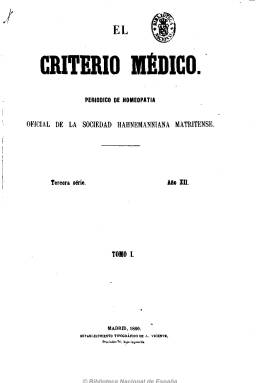
Título: El Criterio médico
Colección: Homeopatía
Ámbito geográfico: Madrid
Lugar de publicación: Madrid
Fechas: 01/01/1860-30/12/1889

Periódico de homeopatía, órgano oficial de la Sociedad Hahnemanniana Matritense, que aparece en 1860 después de dos años sin presencia de prensa homeopática en España, como continuador de los Anales de la medicina homeopática (1851-1857), que a su vez había continuado la serie del boletín de la citada sociedad, que había sido constituida en 1845. La nueva publicación continuará la serie de sus dos predecesoras y tendrá una larga vida, que llega hasta 1889. Comienza a publicarse con frecuencia quincenal (días 1 y 15 de cada mes, y después los días 10 y 25), y al final será mensual, coincidiendo con el aumento de sus páginas, de 16, a 24 y, finalmente, 32. Cada tomo anual cuenta con un índice.

El periódico comienza a editarse tras la constitución de una nueva junta directiva de la sociedad homeopática matritense, presidida por Joaquín Hysern, y en la que están integrados los también doctores Antonio Merino, Pedro Aróstegui, Tomás Pellicer, Bernardo Sacristán y Lluis Lleget. Su secretario de redacción es Juan de Lartiga y su editor responsable, José Ejea. Entre los redactores, además de los citados, se encuentran los doctores Villafranca, García López, Paz Álvarez e Iturralde, y entre sus colaboradores, José Núñez Pernía y Álvarez Peralta, entre otros muchos.

Se dedicará a la defensa y propaganda de la doctrina de Samuel Hahnemann, a la difusión de los descubrimientos de la medicina homeopática, a las reglas de su ejercicio profesional, y a la publicación de artículos doctrinales. En su sección oficial da cuenta del reglamento y demás acuerdos de la sociedad.

Tras la fundación, en 1878, del Hospital Homeopático San José y del Instituto Homeopático, de Madrid, se convertirá también en órgano de estas instituciones. Se estructura en secciones, como la de clínica, física y química, filosofía, higiene, patología, toxicología, terapéutica, hospitales y dispensarios, sociedades, academias y facultades médicas, congresos, revistas, bibliografía, tanto española como extranjera, necrología y una sección de variedades. Ofrecerá también estadísticas e información sobre el citado hospital.